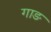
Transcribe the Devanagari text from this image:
गाङ